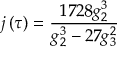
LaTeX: j \left( \tau \right) = { \frac { 1 7 2 8 g _ { 2 } ^ { 3 } } { g _ { 2 } ^ { 3 } - 2 7 g _ { 3 } ^ { 2 } } }